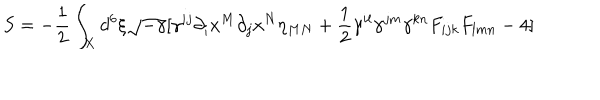
S = - \frac { 1 } { 2 } \int _ { X } d ^ { 6 } \xi \sqrt { - \gamma } [ \gamma ^ { i j } \partial _ { i } x ^ { M } \partial _ { j } x ^ { N } \eta _ { M N } + \frac { 1 } { 2 } \gamma ^ { i l } \gamma ^ { j m } \gamma ^ { k n } F _ { i j k } F _ { l m n } - 4 ]